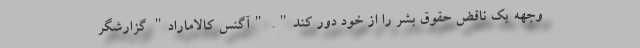
وجهه یک ناقض حقوق بشر را از خود دور کند". "آگنس کالاماراد" گزارشگر